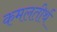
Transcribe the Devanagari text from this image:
कमलतीर्थ